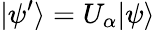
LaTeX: |\psi^{\prime}\rangle=U_{\alpha}|\psi\rangle